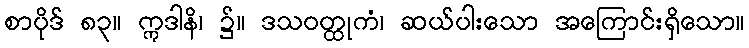
စာပိုဒ် ၈၃။ ဣဒါနိ၊ ၌။ ဒသဝတ္ထုကံ၊ ဆယ်ပါးသော အကြောင်းရှိသော။